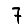
Digit: 7